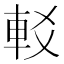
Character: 䡈